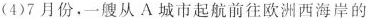
(4)7月份，一艘从A城市起航前往欧洲西海岸的